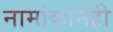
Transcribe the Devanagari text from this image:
नामांकानेही